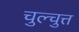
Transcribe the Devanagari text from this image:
चुल्चुत्त